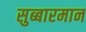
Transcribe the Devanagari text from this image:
सुब्बारमान